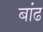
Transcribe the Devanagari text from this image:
बांढ